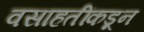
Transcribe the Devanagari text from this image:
वसाहतींकडून